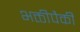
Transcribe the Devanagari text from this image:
भक्तीपैकी